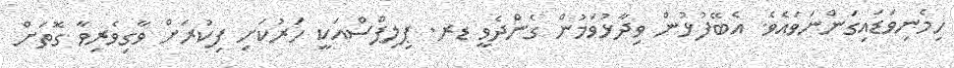
ހިމެނިވަޑައިގަންނަވައެވެ. އެބޭފުޅުން ވިދާޅުވަމުން ގެންދެވީ ޑރ. ޕިލިޕްސްއަކީ ހަރުކަށި ފިކުރަށް ވާގިވެރިވާ ގޮތަށް